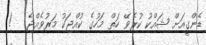
ޑެންގީއަށް ޝައްކު ކުރެވޭ ހަތް މަހުގެ ކުއްޖަކު މަރުވެއްޖެ   !